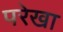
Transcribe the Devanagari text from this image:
परेखा